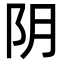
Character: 阴